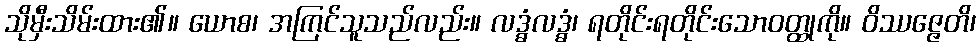
သိုမှီးသိမ်းထား၏။ ယောစ၊ အကြင်သူသည်လည်း။ လဒ္ဓံလဒ္ဓံ၊ ရတိုင်းရတိုင်းသောဝတ္ထုကို။ ဝိဿဇ္ဇေတိ၊